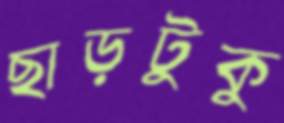
ছাড়টুকু